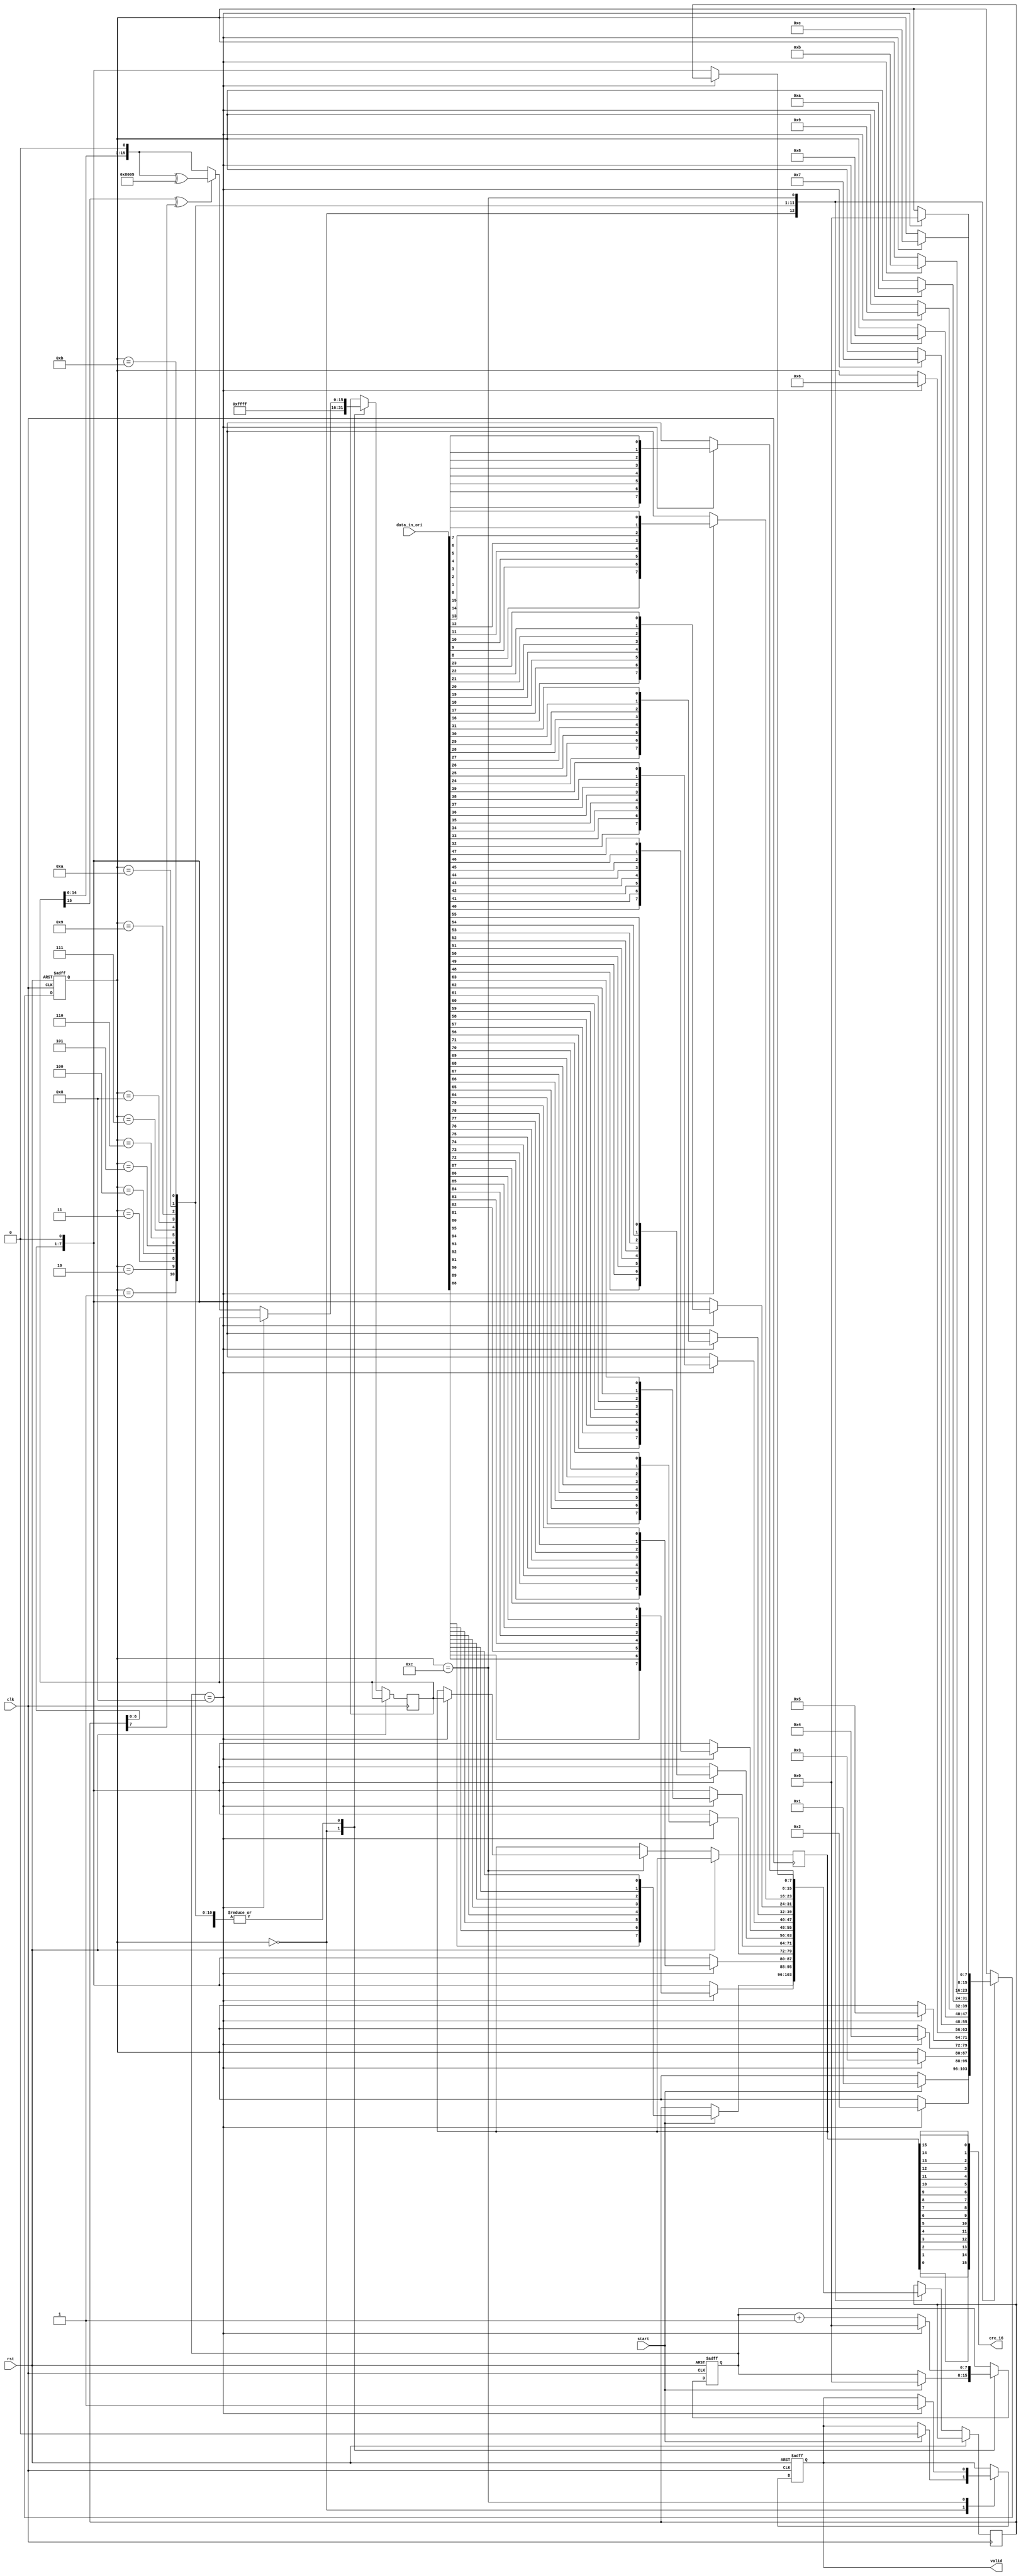
module crc16_generator (
    input  [95:0]     data_in_ori    ,
    input             clk            ,
    input             rst            ,
    input             start          ,
    output  reg       valid          ,
    output [15:0]     crc_16     
);

reg [15:0] crc_reg;
reg [15:0] crc_out;
wire [7:0] data_in[11:0];

generate
    genvar j;
    for (j=0;j<12;j=j+1)begin
        assign data_in[j] = data_in_ori[j*8+7:0+j*8];
    end
endgenerate


wire [7:0] data_r_0;
wire [7:0] data_r_1;
wire [7:0] data_r_2;
wire [7:0] data_r_3;
wire [7:0] data_r_4;
wire [7:0] data_r_5;
wire [7:0] data_r_6;
wire [7:0] data_r_7;
wire [7:0] data_r_8;
wire [7:0] data_r_9;
wire [7:0] data_r_10;
wire [7:0] data_r_11;

generate
    genvar i;
    for (i=0;i<8;i=i+1)begin
        assign data_r_0[7-i] =  data_in[11][i];
        assign data_r_1[7-i] =  data_in[10][i];
        assign data_r_2[7-i] =  data_in[9][i];
        assign data_r_3[7-i] =  data_in[8][i];
        assign data_r_4[7-i] =  data_in[7][i];
        assign data_r_5[7-i] =  data_in[6][i];
        assign data_r_6[7-i] =  data_in[5][i];
        assign data_r_7[7-i] =  data_in[4][i];
        assign data_r_8[7-i] =  data_in[3][i];
        assign data_r_9[7-i] =  data_in[2][i];
        assign data_r_10[7-i] = data_in[1][i];
        assign data_r_11[7-i] = data_in[0][i];
    end
endgenerate


reg  [7:0]  data   ;
reg  [7:0]  state  ;
reg  [7:0]  count  ;

always @(posedge clk or posedge rst) begin
    if (rst) begin
        state   <= 0           ;
        count   <= 0           ;
        valid   <= 0           ; 
    end else begin
        case(state)
        0:begin
            crc_reg <= 16'hFFFF ;
            if(start)begin
                state   <= 1        ;
                valid   <= 0        ;
                data    <= data_r_0 ;
                count   <= 0        ;
            end
        end

        1:begin
            count <= count + 1;
            if(count == 8)begin
                state <= 2;
                data  <= data_r_1;
                count <= 0;
            end else begin
                if ((crc_reg[15] ^ data[7]) == 1'b1) begin
                    crc_reg = {crc_reg[14:0], 1'b0} ^ 16'h8005;
                end else begin
                    crc_reg = {crc_reg[14:0], 1'b0};
                end
                data <= data << 1;
            end
        end

        2:begin
            count <= count + 1;
            if(count == 8)begin
                state <= 3;
                data  <= data_r_2;
                count <= 0;
            end else begin
                if ((crc_reg[15] ^ data[7]) == 1'b1) begin
                    crc_reg = {crc_reg[14:0], 1'b0} ^ 16'h8005;
                end else begin
                    crc_reg = {crc_reg[14:0], 1'b0};
                end
                data <= data << 1;
            end
        end


        3:begin
            count <= count + 1;
            if(count == 8)begin
                state <= 4;
                data  <= data_r_3;
                count <= 0;
            end else begin
                if ((crc_reg[15] ^ data[7]) == 1'b1) begin
                    crc_reg = {crc_reg[14:0], 1'b0} ^ 16'h8005;
                end else begin
                    crc_reg = {crc_reg[14:0], 1'b0};
                end
                data <= data << 1;
            end
        end


        4:begin
            count <= count + 1;
            if(count == 8)begin
                state <= 5;
                data  <= data_r_4;
                count <= 0;
            end else begin
                if ((crc_reg[15] ^ data[7]) == 1'b1) begin
                    crc_reg = {crc_reg[14:0], 1'b0} ^ 16'h8005;
                end else begin
                    crc_reg = {crc_reg[14:0], 1'b0};
                end
                data <= data << 1;
            end
        end


        5:begin
            count <= count + 1;
            if(count == 8)begin
                state <= 6;
                data  <= data_r_5;
                count <= 0;
            end else begin
                if ((crc_reg[15] ^ data[7]) == 1'b1) begin
                    crc_reg = {crc_reg[14:0], 1'b0} ^ 16'h8005;
                end else begin
                    crc_reg = {crc_reg[14:0], 1'b0};
                end
                data <= data << 1;
            end
        end


        6:begin
            count <= count + 1;
            if(count == 8)begin
                state <= 7;
                data  <= data_r_6;
                count <= 0;
            end else begin
                if ((crc_reg[15] ^ data[7]) == 1'b1) begin
                    crc_reg = {crc_reg[14:0], 1'b0} ^ 16'h8005;
                end else begin
                    crc_reg = {crc_reg[14:0], 1'b0};
                end
                data <= data << 1;
            end
        end


        7:begin
            count <= count + 1;
            if(count == 8)begin
                state <= 8;
                data  <= data_r_7;
                count <= 0;
            end else begin
                if ((crc_reg[15] ^ data[7]) == 1'b1) begin
                    crc_reg = {crc_reg[14:0], 1'b0} ^ 16'h8005;
                end else begin
                    crc_reg = {crc_reg[14:0], 1'b0};
                end
                data <= data << 1;
            end
        end

        8:begin
            count <= count + 1;
            if(count == 8)begin
                state <= 9;
                data  <= data_r_8;
                count <= 0;
            end else begin
                if ((crc_reg[15] ^ data[7]) == 1'b1) begin
                    crc_reg = {crc_reg[14:0], 1'b0} ^ 16'h8005;
                end else begin
                    crc_reg = {crc_reg[14:0], 1'b0};
                end
                data <= data << 1;
            end
        end

        9:begin
            count <= count + 1;
            if(count == 8)begin
                state <= 10;
                data  <= data_r_9;
                count <= 0;
            end else begin
                if ((crc_reg[15] ^ data[7]) == 1'b1) begin
                    crc_reg = {crc_reg[14:0], 1'b0} ^ 16'h8005;
                end else begin
                    crc_reg = {crc_reg[14:0], 1'b0};
                end
                data <= data << 1;
            end
        end

        10:begin
            count <= count + 1;
            if(count == 8)begin
                state <= 11;
                data  <= data_r_10;
                count <= 0;
            end else begin
                if ((crc_reg[15] ^ data[7]) == 1'b1) begin
                    crc_reg = {crc_reg[14:0], 1'b0} ^ 16'h8005;
                end else begin
                    crc_reg = {crc_reg[14:0], 1'b0};
                end
                data <= data << 1;
            end
        end

        11:begin
            count <= count + 1;
            if(count == 8)begin
                state   <= 12;
                data    <= data_r_11;
                count   <= 0;
            end else begin
                if ((crc_reg[15] ^ data[7]) == 1'b1) begin
                    crc_reg = {crc_reg[14:0], 1'b0} ^ 16'h8005;
                end else begin
                    crc_reg = {crc_reg[14:0], 1'b0};
                end
                data <= data << 1;
            end
        end


        12:begin
            count <= count + 1;
            if(count == 8)begin
                state   <= 0       ;
                crc_out <= crc_reg ;
                valid   <= 1       ;
                count   <= 0       ;
            end else begin
                if ((crc_reg[15] ^ data[7]) == 1'b1) begin
                    crc_reg = {crc_reg[14:0], 1'b0} ^ 16'h8005;
                end else begin
                    crc_reg = {crc_reg[14:0], 1'b0};
                end
                data <= data << 1;
            end
        end

        default:;
        endcase
    end
end


generate
    genvar k;
    for (k=0;k<16;k=k+1)begin
        assign crc_16[15-k] = crc_out[k];
    end
endgenerate



endmodule